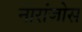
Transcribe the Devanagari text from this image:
नारांजोस